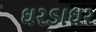
ઘરડાઘર